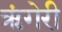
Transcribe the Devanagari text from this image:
ऋंगेरी